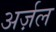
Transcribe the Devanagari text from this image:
अर्ज़ल